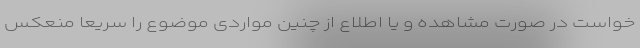
خواست در صورت مشاهده و یا اطلاع از چنین مواردی موضوع را سریعا منعکس